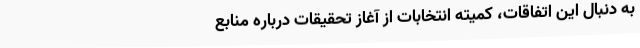
به دنبال این اتفاقات، کمیته انتخابات از آغاز تحقیقات درباره منابع